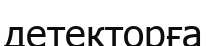
детекторға